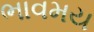
ભાવમય